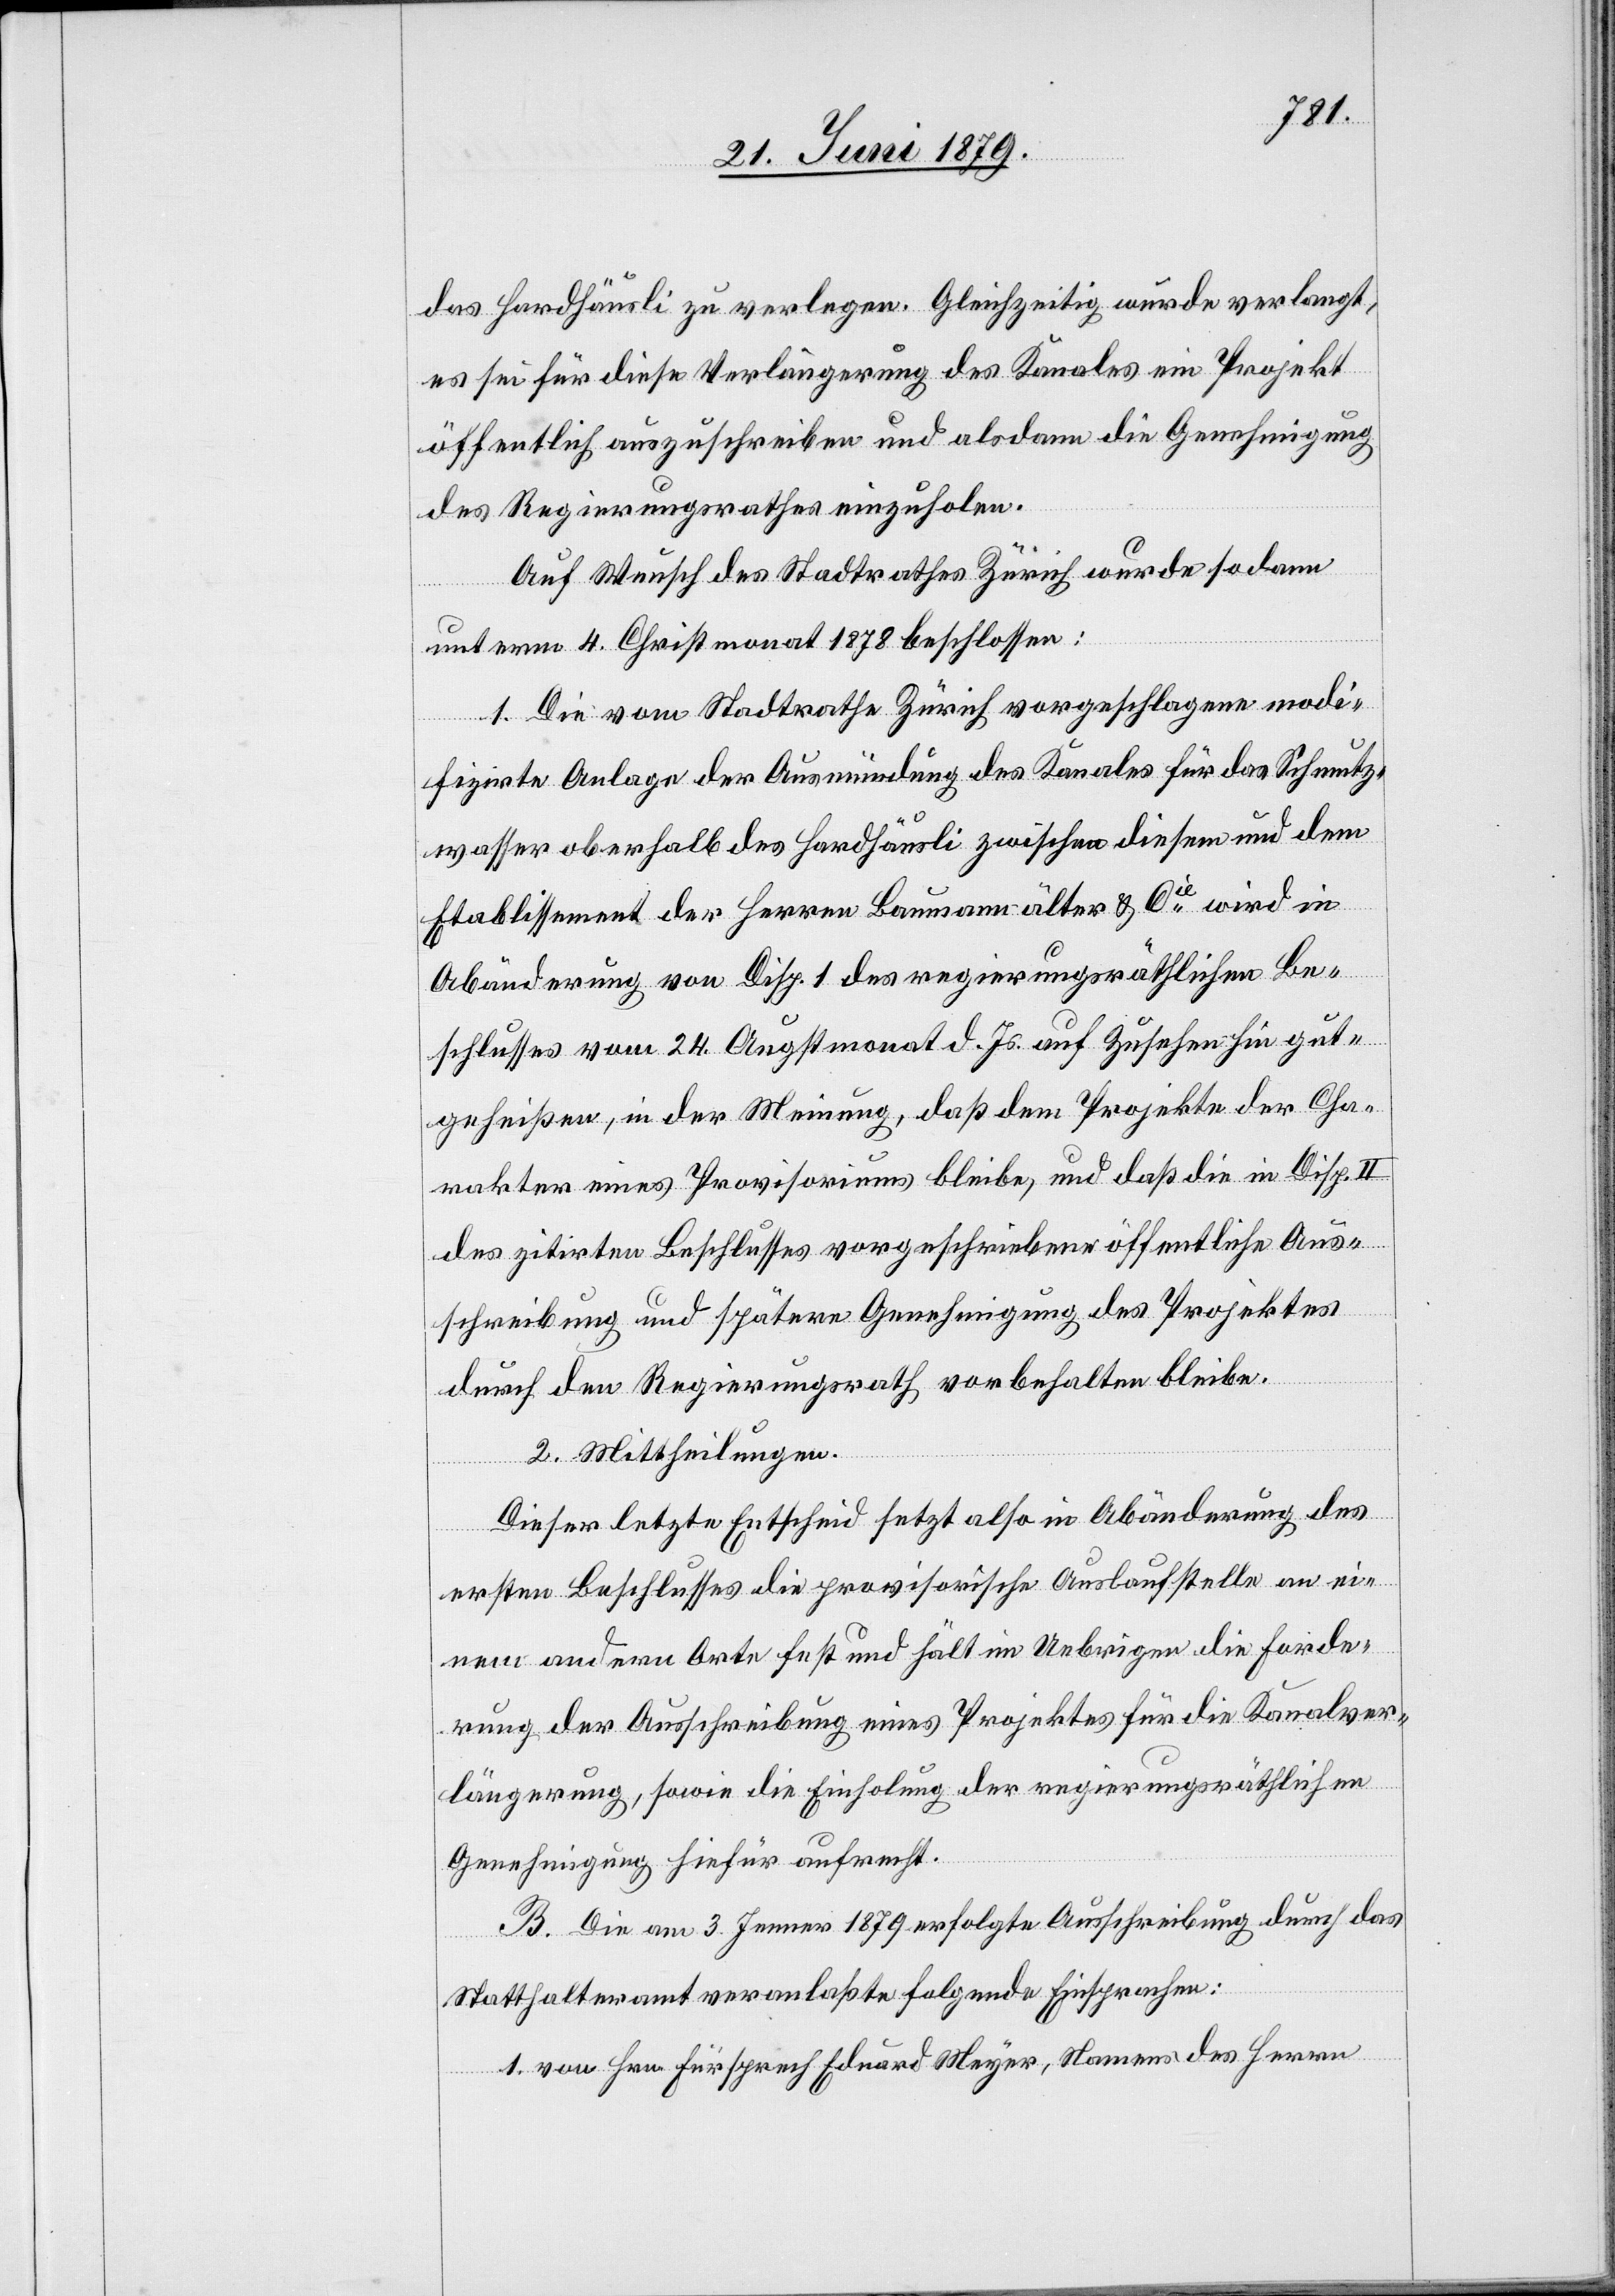
das Hardhäusli zu verlegen. Gleichzeitig wurde verlangt,
es sei für diese Verlängerung des Kanales ein Projekt
öffentlich auszuschreiben und alsdann die Genehmigung
des Regierungsrathes einzuholen.
Auf Wunsch des Stadtrathes Zürich wurde sodann
unterm 4. Christmonat 1878 beschlossen:
1. Die vom Stadtrathe Zürich vorgeschlagene modi¬
fizirte Anlage der Ausmündung des Kanales für das Schmutz¬
wasser oberhalb des Hardhäusli zwischen diesem und dem
Etablissement der Herren Baumann älter & Cie wird in
Abänderung von Disp. 1 des regierungsräthlichen Be¬
schlusses vom 24. Augstmonat d. Js. auf Zusehen hin gut¬
geheißen, in der Meinung, daß dem Projekte der Cha¬
rakter eines Provisoriums bleibe, und daß die in Disp.
des zitirten Beschlusses vorgeschriebene öffentliche Aus¬
schreibung und spätere Genehmigung des Projektes
durch den Regierungsrath vorbehalten bleibe.
2. Mittheilung.
Dieser letzte Entscheid setzt also in Abänderung des
ersten Beschlusses die provisorische Auslaufstelle an ei¬
nem andern Orte fest und hält im Uebrigen die Forde¬
rung der Ausschreibung eines Projektes für die Kanalver¬
längerung, sowie die Einholung der regierungsräthlichen
Genehmigung hiefür aufrecht.
B. Die am 3. Jenner 1879 erfolgte Ausschreibung durch das
Statthalteramt veranlaßte folgende Einsprachen:
1. von Hrn. Fürsprech Eduard Meyer, Namens des Herrn